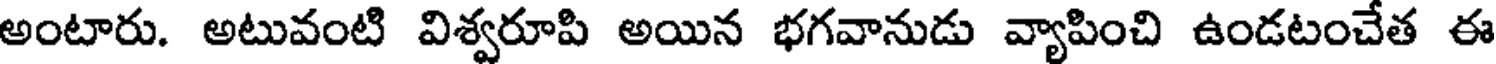
అంటారు. అటువంటి విశ్వరూపి అయిన భగవానుడు వ్యాపించి ఉండటంచేత ఈ